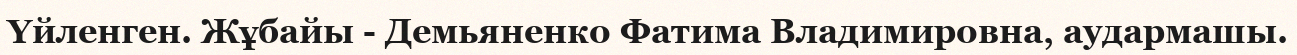
Үйленген. Жұбайы - Демьяненко Фатима Владимировна, аудармашы.